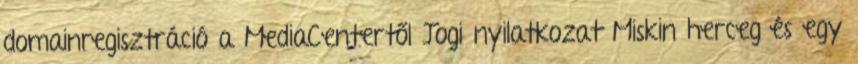
domainregisztráció a MediaCentertől Jogi nyilatkozat Miskin herceg és egy